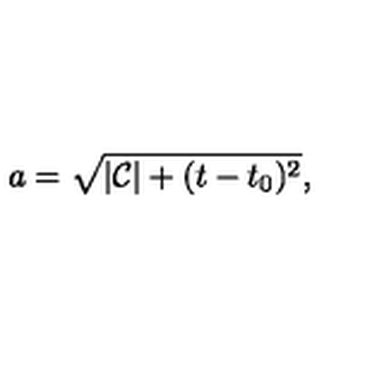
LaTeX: a = \sqrt { | \mathcal { C } | + ( t - t _ { 0 } ) ^ { 2 } } ,